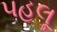
પહલૂ